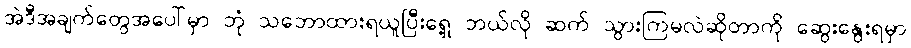
အဲဒီအချက်တွေအပေါ်မှာ ဘုံ သဘောထားရယူပြီးရှေ့ ဘယ်လို ဆက် သွားကြမလဲဆိုတာကို ဆွေးနွေးရမှာ